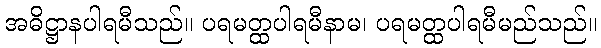
အဓိဋ္ဌာနပါရမီသည်။ ပရမတ္ထပါရမီနာမ၊ ပရမတ္ထပါရမီမည်သည်။